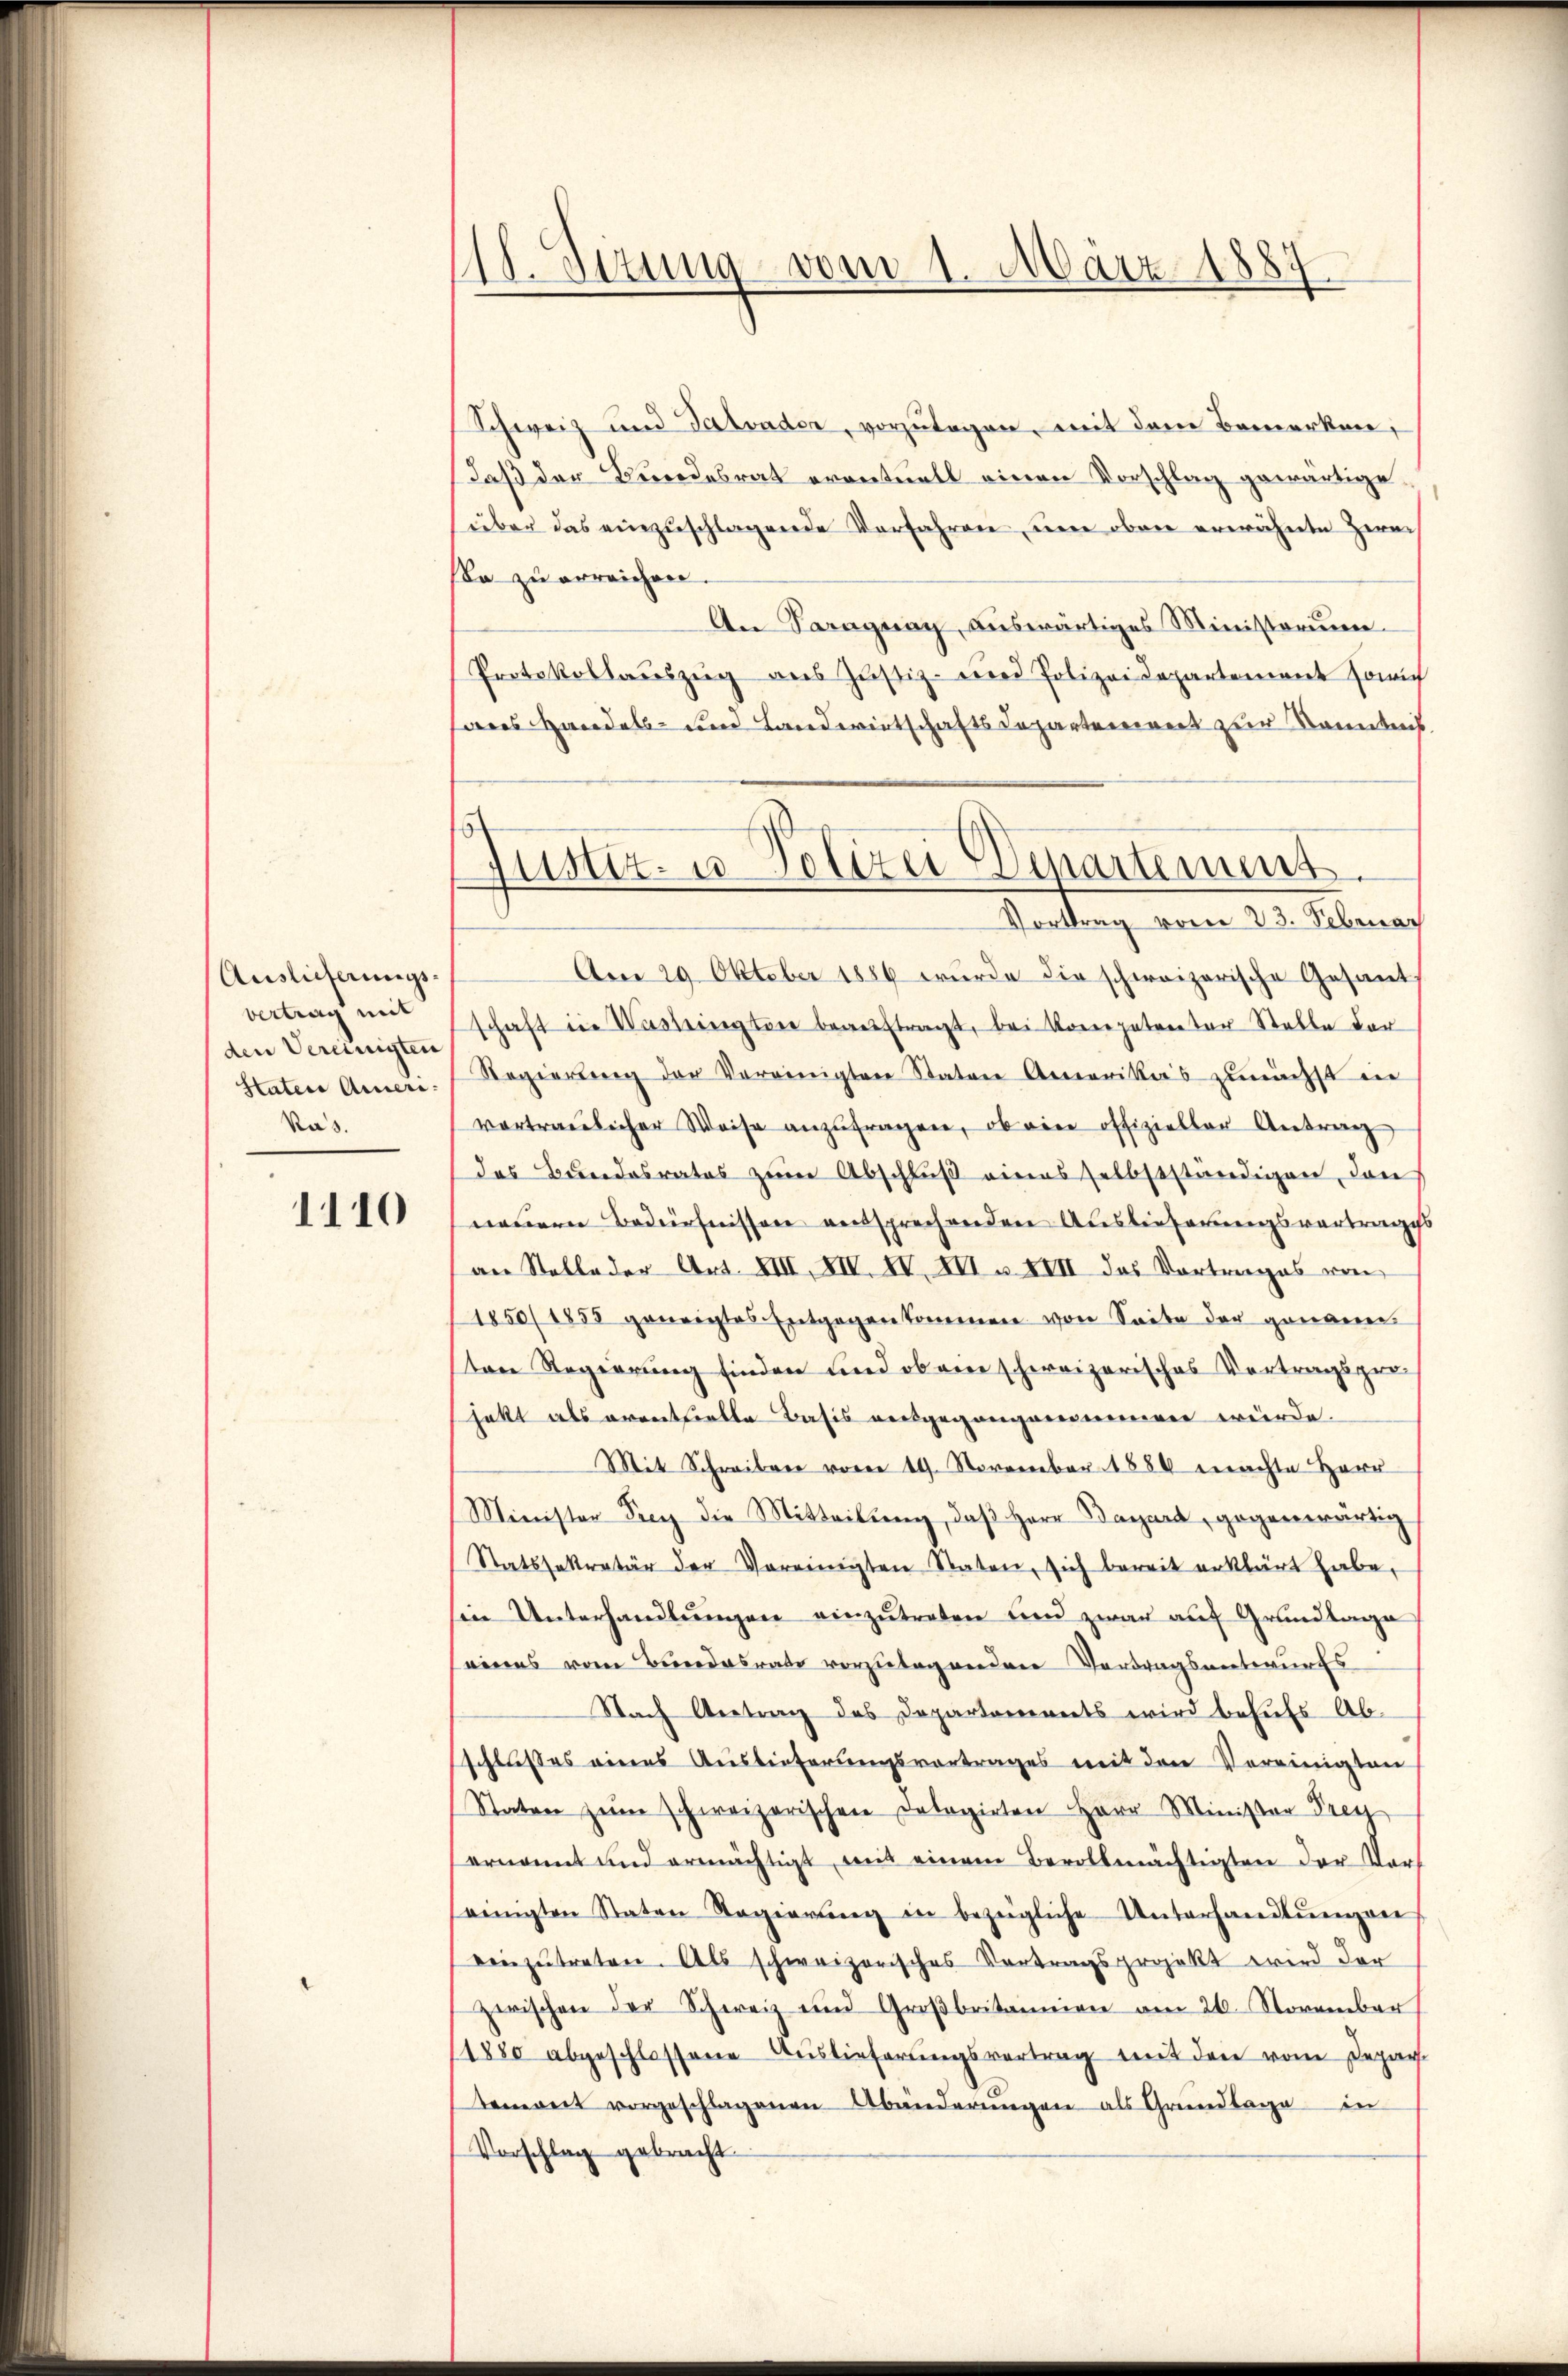
Auslieferungsvertrag mit
den Vereinigten
Stater Ameri¬
Ras.

1110

1. Sitzung vom 1. März 1887

Schweiz und Tatvader, vorzulagen, mit dem Bemerken,
daß der Bundesrat eventuell einen Vorschlag gewärtige,
über das einzuschlagende Verfahren um oben erwähnte Zwei
a zu erreichen.
An Paraguay, auswärtiges Ministorium.
Protokollauszug aus Justiz- und Polizeidepartement sowi
anes Handels- und Landwirtschaftsdepartement zur Kenntnis
Am 29. Oktober 1886 wurde die schweizerische Gesant
schaft in Washington beauftragt, bei Kompeten der Stelle der
Regierŭng der Vereinigten Staten Amerikas zunächst ein
vortraulicher Weise anzŭfragen, ob eine offizieller Antrag
das Bundesrates zŭm Abschlŭβ eines selbstständigen, den
neuern Bedürfnissen entsprechenden Auslieferungsvortrages
an Stelle der Art. XIII, XIV. IV. III S. XIII des Vortrages von
1850/1858 geneigtes Entgegenkommen von Seite der genann-
tene Regierung finden und ob eine schweizerisches Vortragsperhabt als erenthielte Basis entgegangenommen würde.
Mit Schreiben vom 19. November 1880 machte Herr
Minister Frey die Mitteilŭng, daβ Herr Bazard, gegenwärtig
Statssekretär der Vereinigten Staten, sich bereit erklärt habe,
sin Unterhandlungen einzutreten und zwar auf Grundlage
eines vom Bundesrats vorzulagenden Vertragsentwurfs
Nach Antrag des Departanereits wird behufs Abschlusses eines Auslieferungsvortrages mit den Vereinigten
Staten zum schweizerischen Dalogirten Herr Minister Frey
ernannt und ermächtigt mit einem Bevollmächtigten der Ver-
seinigten Staten Regierŭng in bezügliche Unterhandlŭngen
einzutreten. Als schweizerisches Vortragsprojekt wird der
zwischen der Schweiz und Groβbritainien am 26. November
1880 abgeschlossene Auslieferungsvertrag mit den vom Depar
temont vorgeschlagenen Abänderŭngen als Grŭndlage in
Vorschlag gebracht.

Justiz- u. Polizei Departemes
Vortrag vom 23. Februar